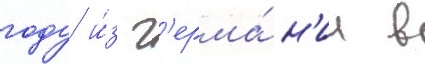
году и́з г'ерма́н'ии в